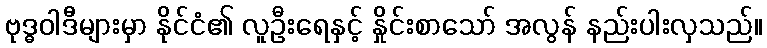
ဗုဒ္ဓဝါဒီများမှာ နိုင်ငံ၏ လူဦးရေနှင့် နှိုင်းစာသော် အလွန် နည်းပါးလှသည်။